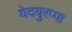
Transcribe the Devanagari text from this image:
येदयुरप्पा